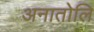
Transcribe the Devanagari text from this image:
अनातोलि